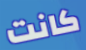
كانت